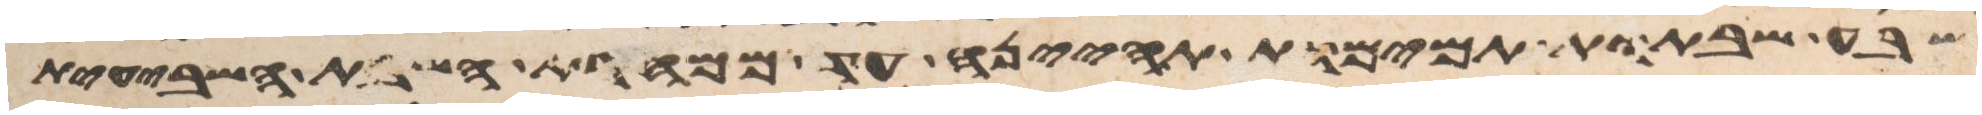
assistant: שבע שבתות תמימות תהיינה עד ממחרת השבת השביעית